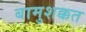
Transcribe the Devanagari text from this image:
बामुशक्कत